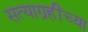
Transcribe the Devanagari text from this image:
सत्याग्रहींच्या